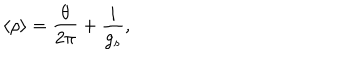
\langle \rho \rangle = \frac { \theta } { 2 \pi } + \frac { i } { g _ { s } } ,